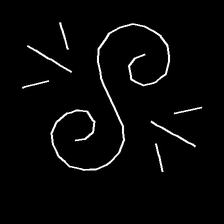
Glyph: wind-directs-air